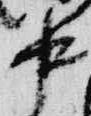
中